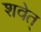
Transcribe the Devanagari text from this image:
शवेत्